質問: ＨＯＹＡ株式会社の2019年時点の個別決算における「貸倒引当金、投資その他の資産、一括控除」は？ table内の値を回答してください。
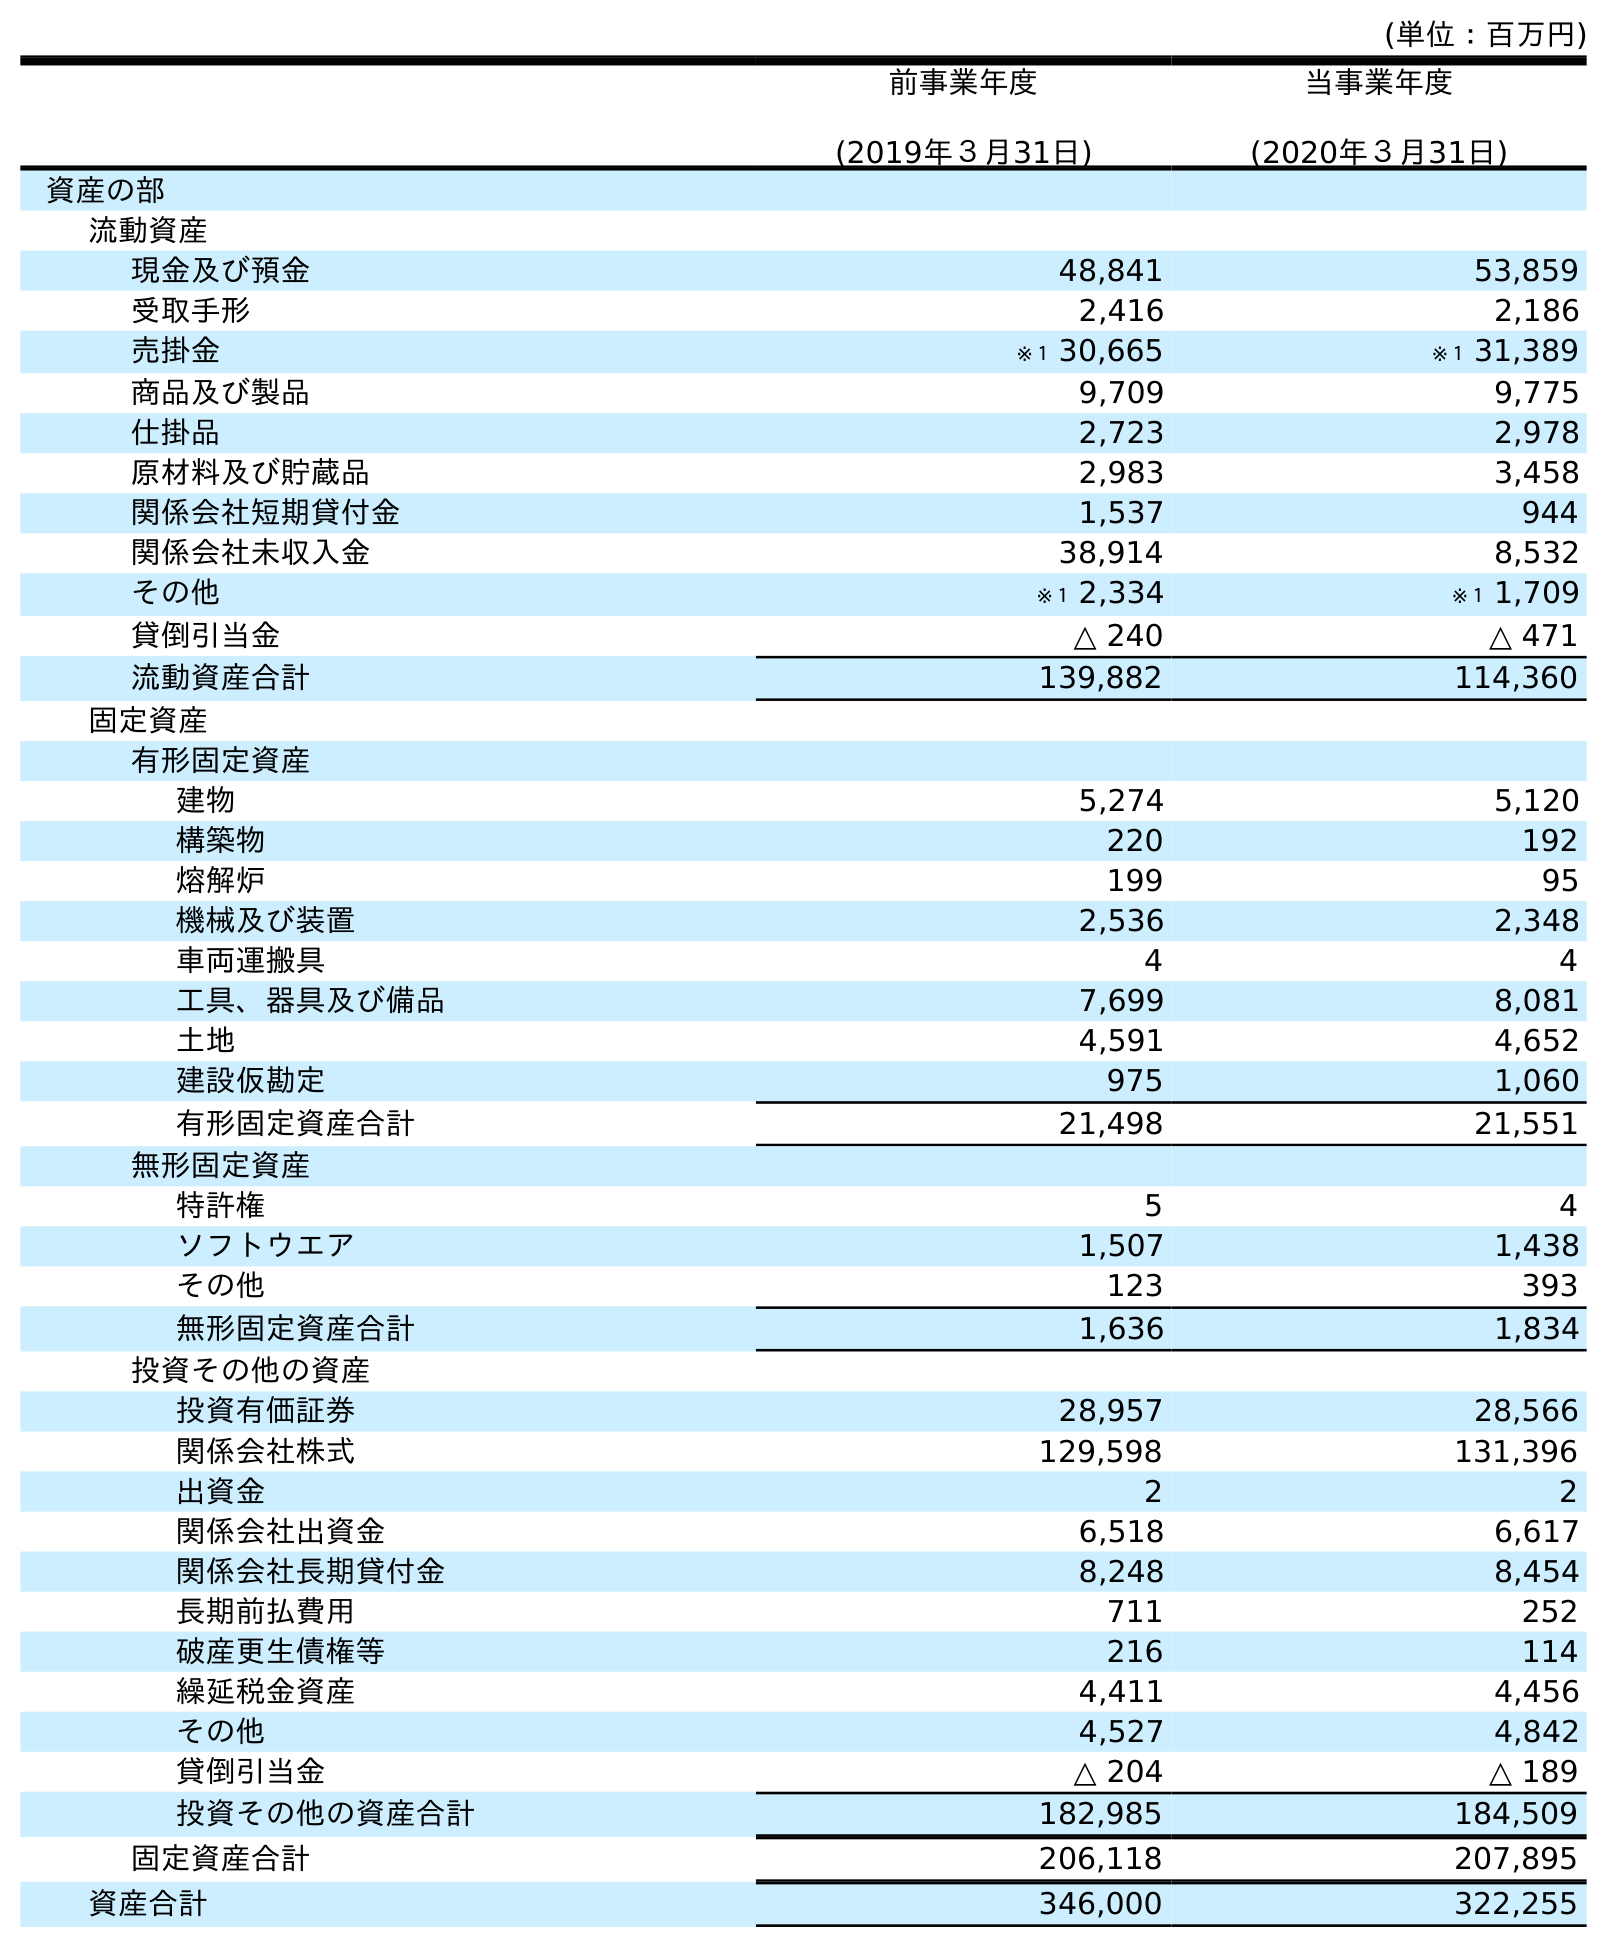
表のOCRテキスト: (単位：百万円) 前事業年度 (2019年３月31日) 当事業年度 (2020年３月31日) 資産の部 流動資産 現金及び預金 48,841 53,859 受取手形 2,416 2,186 売掛金 ※１ 30,665 ※１ 31,389 商品及び製品 9,709 9,775 仕掛品 2,723 2,978 原材料及び貯蔵品 2,983 3,458 関係会社短期貸付金 1,537 944 関係会社未収入金 38,914 8,532 その他 ※１ 2,334 ※１ 1,709 貸倒引当金 △ 240 △ 471 流動資産合計 139,882 114,360 固定資産 有形固定資産 建物 5,274 5,120 構築物 220 192 熔解炉 199 95 機械及び装置 2,536 2,348 車両運搬具 4 4 工具、器具及び備品 7,699 8,081 土地 4,591 4,652 建設仮勘定 975 1,060 有形固定資産合計 21,498 21,551 無形固定資産 特許権 5 4 ソフトウエア 1,507 1,438 その他 123 393 無形固定資産合計 1,636 1,834 投資その他の資産 投資有価証券 28,957 28,566 関係会社株式 129,598 131,396 出資金 2 2 関係会社出資金 6,518 6,617 関係会社長期貸付金 8,248 8,454 長期前払費用 711 252 破産更生債権等 216 114 繰延税金資産 4,411 4,456 その他 4,527 4,842 貸倒引当金 △ 204 △ 189 投資その他の資産合計 182,985 184,509 固定資産合計 206,118 207,895 資産合計 346,000 322,255
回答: △204